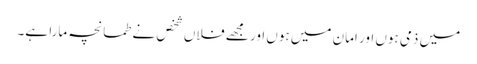
میں ذمی ہوں اور امان میں ہوں اور مجھے فلاں شخص نے طمانچہ مارا ہے۔